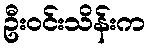
ဦးဝင်းသိန်းက